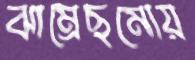
ঝাম্‌রেছমোয়